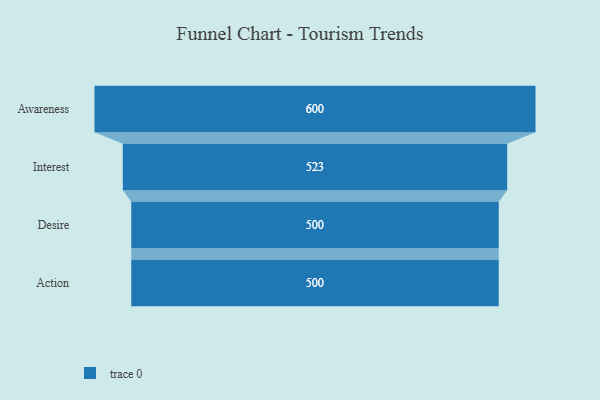
{"axis": {"x": "Stage", "y": "Value"}, "legend": [""], "data": [{"x": "Awareness", "y": 600.0, "type": ""}, {"x": "Interest", "y": 523.0, "type": ""}, {"x": "Desire", "y": 500, "type": ""}, {"x": "Action", "y": 500, "type": ""}]}